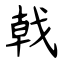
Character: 戟